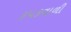
રૂપકવાળી